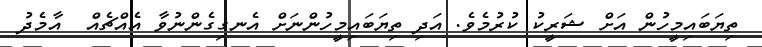
ތިޔަބައިމީހުން އަށް ޝަރީކު ކުރުމެވެ. އަދި ތިޔަބައިމީހުންނަށް އެނގިގެންނުވާ އެއްޗެއް  އާމެދު